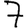
Digit: 7